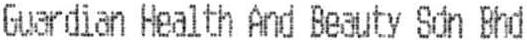
GUARDIAN HEALTH AND BEAUTY SDN BHD